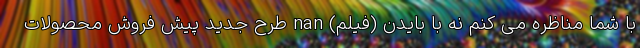
با شما مناظره می کنم نه با بایدن (فیلم) nan طرح جدید پیش فروش محصولات